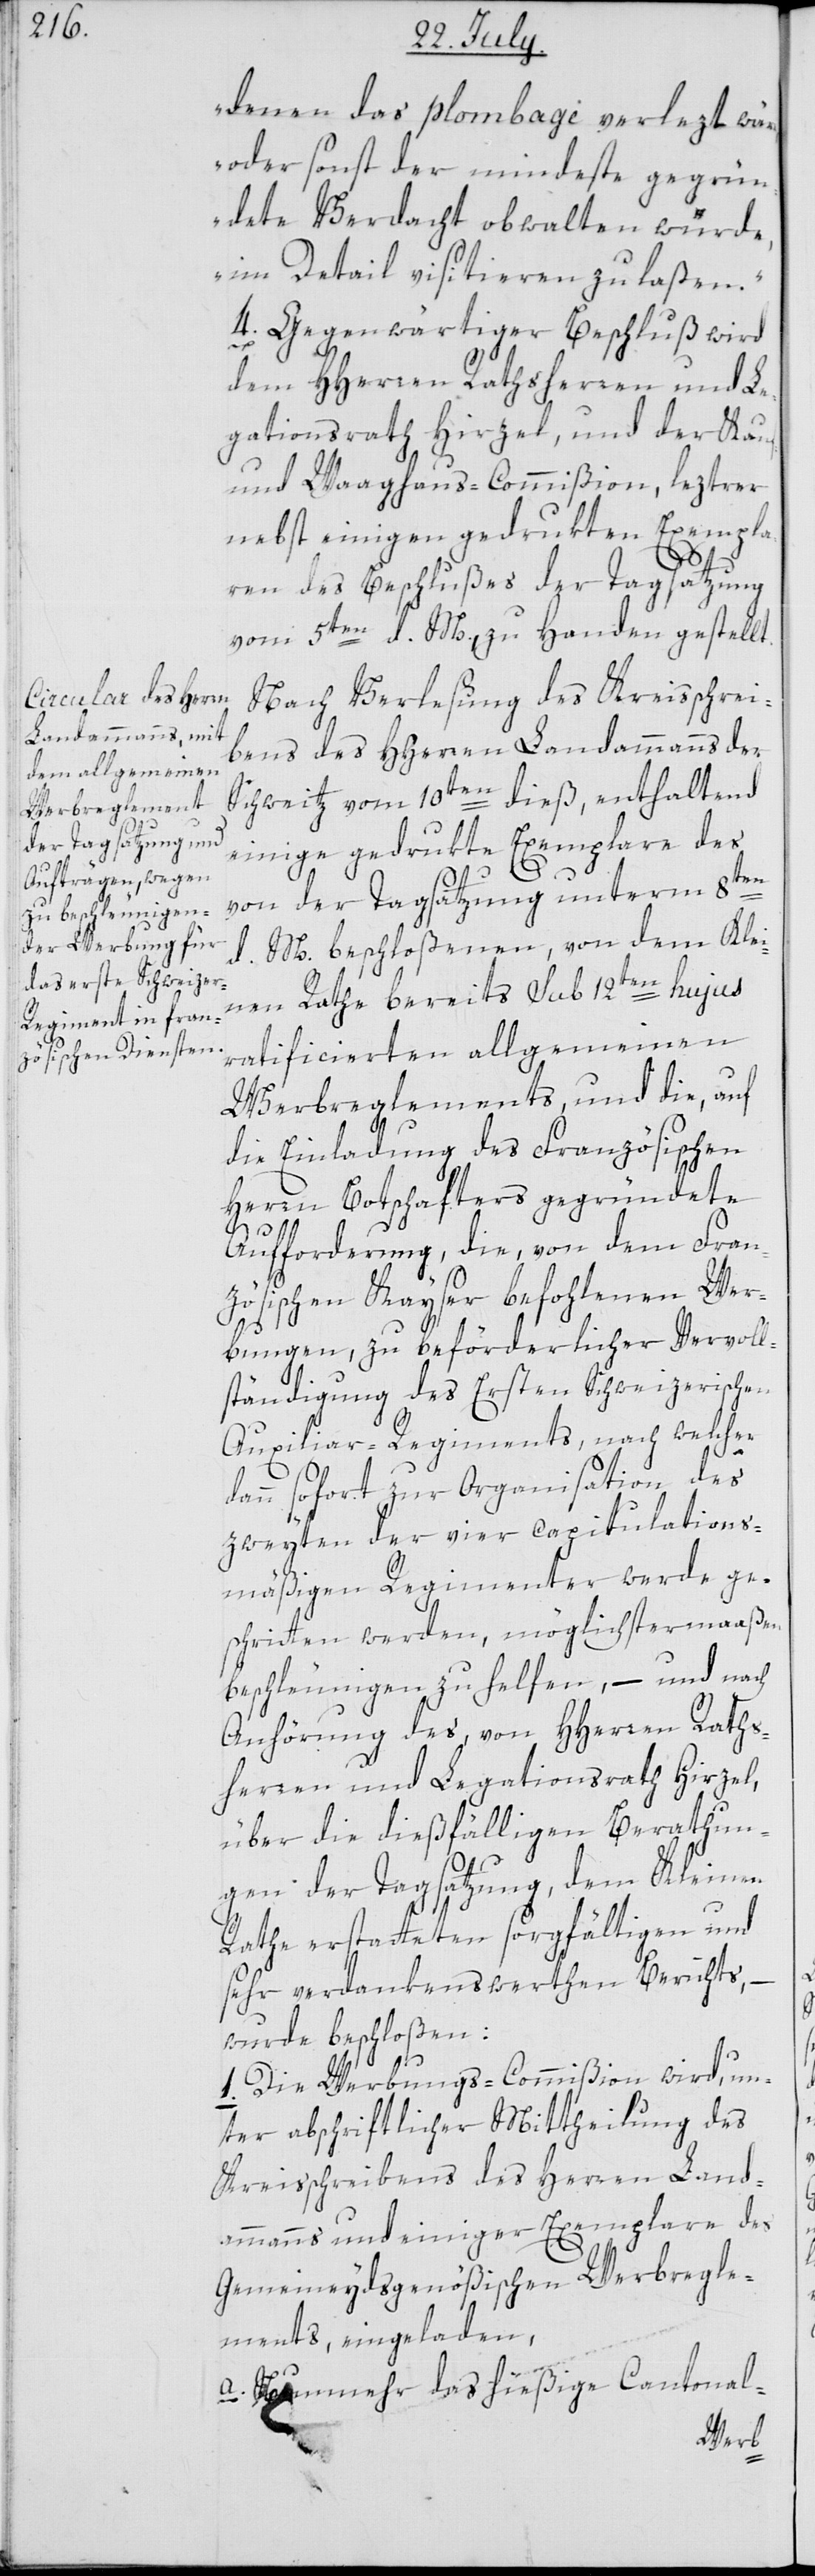
denen das plombage verlezt wäre
oder sonst der mindeste gegrü¬
ndete Verdacht obwalten würde,
im Detail visitieren zu laßen.“
4. Gegenwärtiger Beschluß wird
dem HHerren Rathsherren und Le¬
gationsrath Hirzel, und der Kauf-
und Waaghaus-Commißion, leztrer
nebst einigen gedrukten Exempla¬
ren des Beschlußes der Tagsatzung
vom 5ten d. M., zu Handen gestellt.
Nach Verlesung des Kreisschrei¬
bens des HHerren Landammanns der
Schweitz vom 10ten dieß, enthaltend
einige gedrukte Exemplare des
von der Tagsatzung unterm 8ten
d. M beschloßenen, von dem Klei¬
nen Rathe bereits sub 12ten hujus
ratificierten allgemeinen
Werbreglements, und die, auf
die Einladung des Französischen
Herren Botschafters gegründete
Aufforderung, die, von dem Fran¬
zösischen Kayser befohlenen Wer¬
bungen, zu beförderlicher Vervoll¬
ständigung des Ersten Schweizerischen
Auxiliar-Regiments, nach welcher
dann sofort zur Organisation des
zweyten der vier capitulations¬
mäßigen Regimenter werde ge¬
schritten werden, möglichstermaaßen
beschleunigen zu helfen, – und nach
Anhörung des, von HHerren Raths¬
herren und Legationsrath Hirzel,
über die dießfälligen Berathun¬
gen der Tagsatzung, dem Kleinen
Rathe erstatteten sorgfältigen und
sehr verdankenswerthen Berichts, –
wurde beschloßen:
1. Die Werbungs-Ccommißion wird, un¬
ter abschriftlicher Mittheilung des
Kreisschreibens des Herren Land¬
ammanns und einiger Exemplare des
Gemeineydsgenößischen Werbregle¬
ments, eingeladen,
a. Nunmehr das hießige Cantonal-